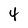
Character: 4